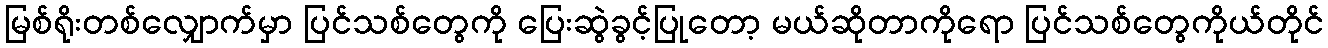
မြစ်ရိုးတစ်လျှောက်မှာ ပြင်သစ်တွေကို ပြေးဆွဲခွင့်ပြုတော့ မယ်ဆိုတာကိုရော ပြင်သစ်တွေကိုယ်တိုင်